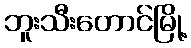
ဘူးသီးတောင်မြို့